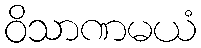
ဝိသာဏမယံ